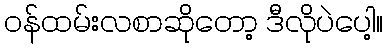
ဝန်ထမ်းလစာဆိုတော့ ဒီလိုပဲပေါ့။